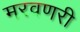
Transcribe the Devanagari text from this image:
मरवणरी